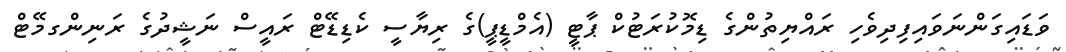
ވަޑައިގަންނަވައިފިދިވެހި ރައްޔިތުންގެ ޑިމޮކުރަޓުކް ޕާޓީ (އެމްޑީޕީ)ގެ ރިޔާސީ ކެޑިޑޭޓް ރައީސް ނަޝީދުގެ ރަނިންގމޭޓް